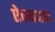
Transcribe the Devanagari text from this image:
ऐक्यवाद